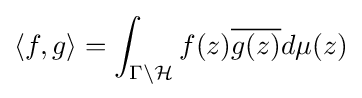
\langle f,g\rangle =\int _{\Gamma \backslash {\mathcal {H}}}f(z){\overline {g(z)}}d\mu (z)